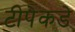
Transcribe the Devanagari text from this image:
टीपेकडे